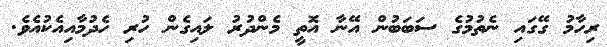
ރިހާމު ގޭގައި ނެތުމުގެ ސަބަބުން އޭނާ އޮތީ މެންދުރު ލައިގެން ހުރި ހެދުމާއިއެކުއެވެ.